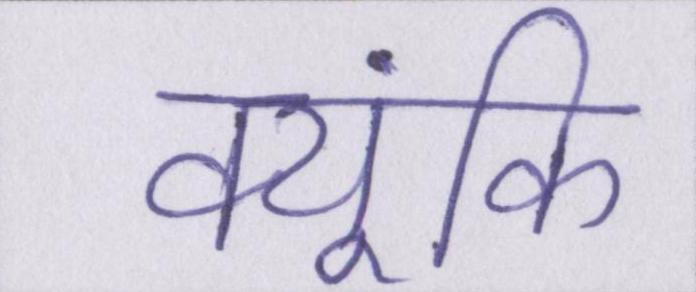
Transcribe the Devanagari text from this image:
क्यूंकि